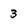
Character: 3